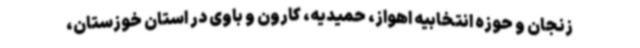
زنجان و حوزه انتخابیه اهواز، حمیدیه، کارون و باوی در استان خوزستان،